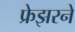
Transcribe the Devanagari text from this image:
फ्रेझरने